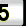
Digit: 5